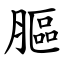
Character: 膒